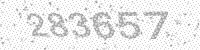
Solution: 283657